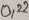
Text: 0,22